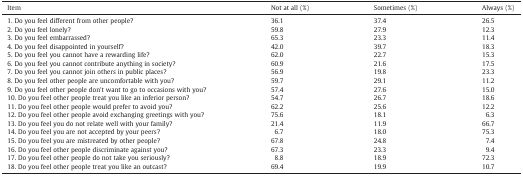
| Item | Not at all (%) | Sometimes (%) | Always (%) |
 | --- | --- | --- | --- |
 | 1. Do you feel different from other people? | 36.1 | 37.4 | 26.5 |
 | 2. Do you feel lonely? | 59.8 | 27.9 | 12.3 |
 | 3. Do you feel embarrassed? | 65.3 | 23.3 | 11.4 |
 | 4. Do you feel disappointed in yourself? | 42.0 | 39.7 | 18.3 |
 | 5. Do you feel you cannot have a rewarding life? | 62.0 | 22.7 | 15.3 |
 | 6. Do you feel you cannot contribute anything in society? | 60.9 | 21.6 | 17.5 |
 | 7. Do you feel you cannot join others in public places? | 56.9 | 19.8 | 23.3 |
 | 8. Do you feel other people are uncomfortable with you? | 59.7 | 29.1 | 11.2 |
 | 9. Do you feel other people don't want to go to occasions with you? | 57.4 | 27.6 | 15.0 |
 | 10. Do you feel other people treat you like an inferior person? | 54.7 | 26.7 | 18.6 |
 | 11. Do you feel other people would prefer to avoid you? | 62.2 | 25.6 | 12.2 |
 | 12. Do you feel other people avoid exchanging greetings with you? | 75.6 | 18.1 | 6.3 |
 | 13. Do you feel you do not relate well with your family? | 21.4 | 11.9 | 66.7 |
 | 14. Do you feel you are not accepted by your peers? | 6.7 | 18.0 | 75.3 |
 | 15. Do you feel you are mistreated by other people? | 67.8 | 24.8 | 7.4 |
 | 16. Do you feel other people discriminate against you? | 67.3 | 23.3 | 9.4 |
 | 17. Do you feel other people do not take you seriously? | 8.8 | 18.9 | 72.3 |
 | 18. Do you feel other people treat you like an outcast? | 69.4 | 19.9 | 10.7 |